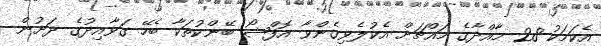
އެކަމަކު 28 މާއްދާގެ މައްޗަށް އެކުލެވިގެންވާ އޮފްޝޯ ބޭންކުތަކާ ބެހޭ ގަވާއިދުގެ ދަށުން